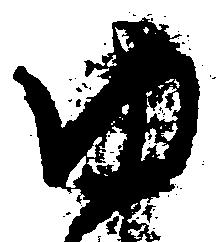
ゆ